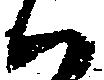
い